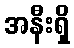
အနီးရှိ